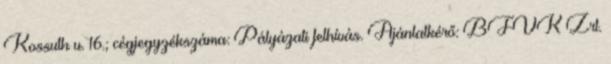
Kossuth u. 16.; cégjegyzékszáma: Pályázati felhívás. Ajánlatkérő: BFVK Zrt.